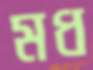
মধ